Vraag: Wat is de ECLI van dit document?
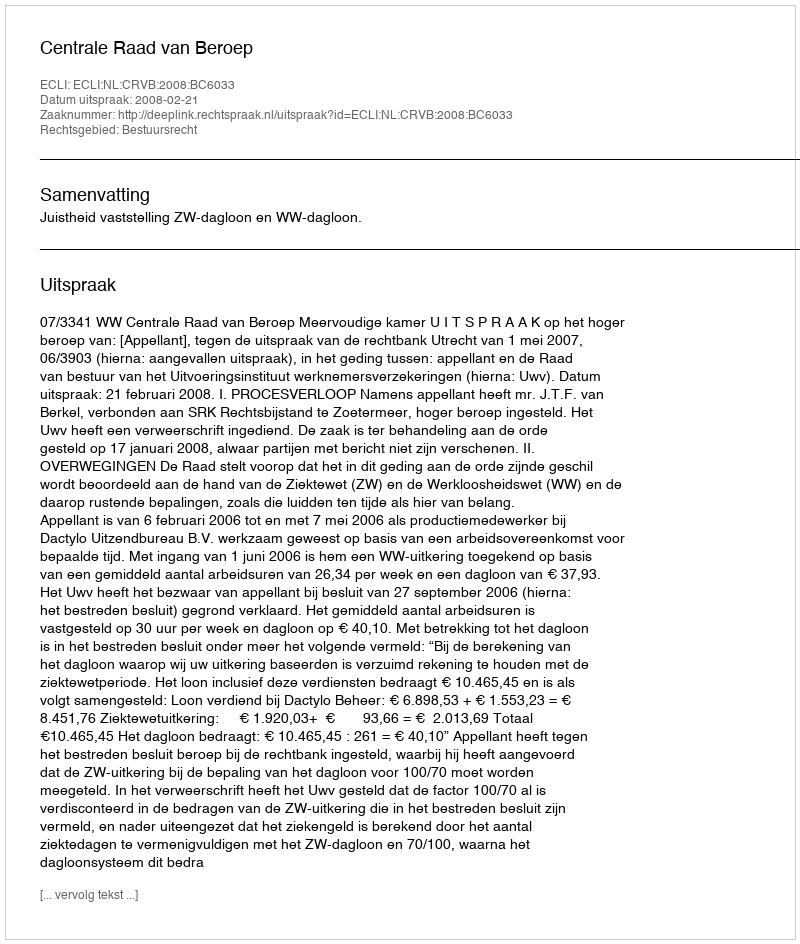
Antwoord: ECLI:NL:CRVB:2008:BC6033